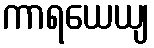
ကာရယေယျ